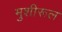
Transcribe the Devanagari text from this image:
मुशीरूल